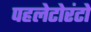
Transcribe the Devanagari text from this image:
पहलेटोरंटो